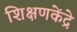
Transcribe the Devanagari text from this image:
शिक्षणकेंद्रे